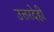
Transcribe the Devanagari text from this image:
उत्तरदेही